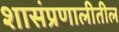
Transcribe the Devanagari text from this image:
शासंप्रणालीतील